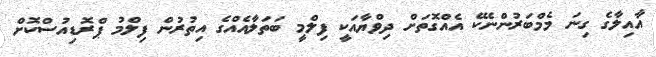
އާއިލާގެ ގިނަ މެމްބަރުންނެކޭ އެއްގޮތަށް ދިވްޔާއަކީ ފިލްމީ ބަތަލާއެއްގެ އިތުރުން ފިލްމު ޕްރޮޑިއުސްކޮށް